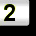
Digit: 2